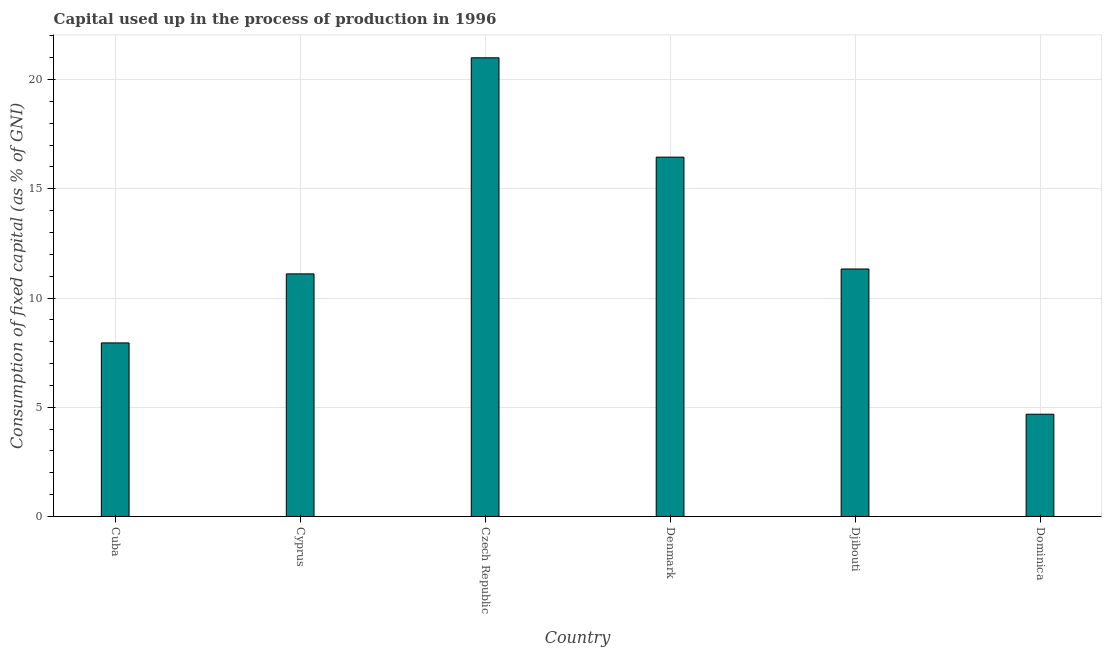
| Country | Consumption of fixed capital |
 | --- | --- |
 | Cuba | 7.95 |
 | Cyprus | 11.1 |
 | Czech Republic | 21 |
 | Denmark | 16.5 |
 | Djibouti | 11.3 |
 | Dominica | 4.68 |